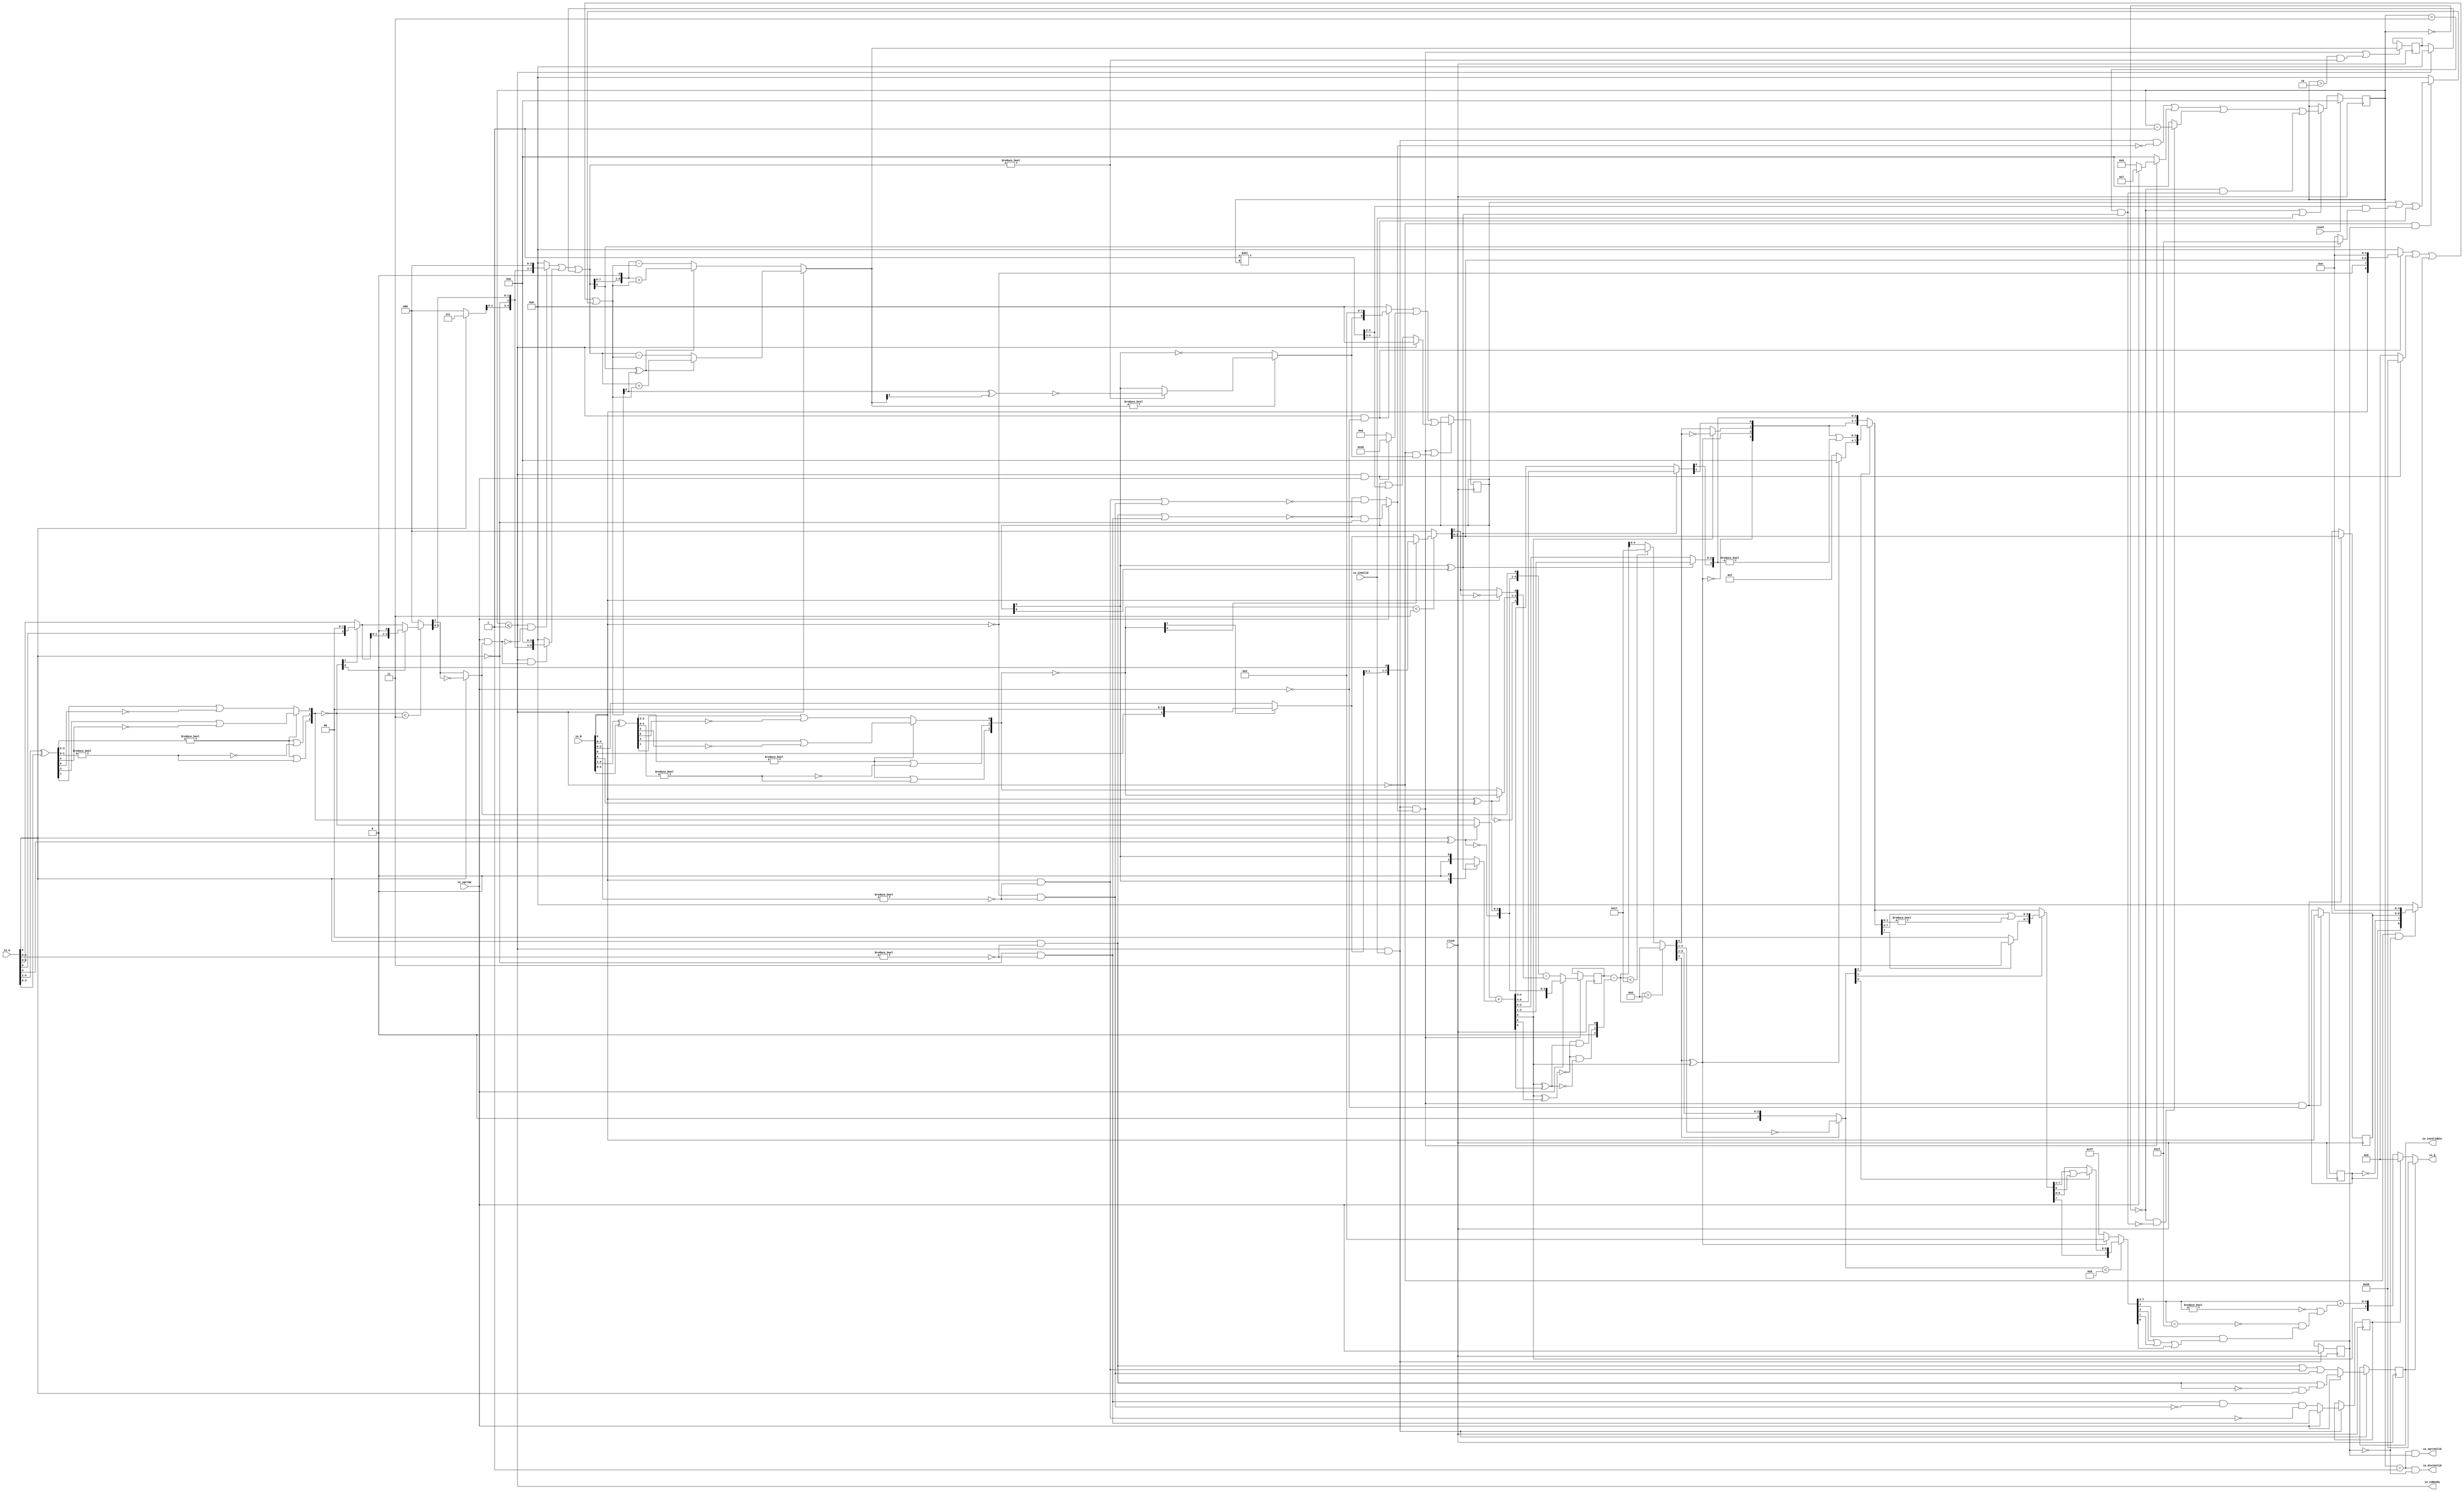
module PositDivSqrter6_1(
  input        clock,
  input        reset,
  output       io_inReady,
  input        io_inValid,
  input        io_sqrtOp,
  input  [5:0] io_A,
  input  [5:0] io_B,
  output       io_diviValid,
  output       io_sqrtValid,
  output       io_invalidExc,
  output [5:0] io_Q
);
  reg [3:0] cycleNum; // @[PositDivisionSqrt.scala 63:26]
  reg [31:0] _RAND_0;
  reg  sqrtOp_Z; // @[PositDivisionSqrt.scala 65:22]
  reg [31:0] _RAND_1;
  reg  isNaR_Z; // @[PositDivisionSqrt.scala 66:22]
  reg [31:0] _RAND_2;
  reg  isZero_Z; // @[PositDivisionSqrt.scala 67:22]
  reg [31:0] _RAND_3;
  reg [5:0] scale_Z; // @[PositDivisionSqrt.scala 68:22]
  reg [31:0] _RAND_4;
  reg  signB_Z; // @[PositDivisionSqrt.scala 69:28]
  reg [31:0] _RAND_5;
  reg [1:0] fractB_Z; // @[PositDivisionSqrt.scala 70:22]
  reg [31:0] _RAND_6;
  reg [8:0] rem_Z; // @[PositDivisionSqrt.scala 71:22]
  reg [31:0] _RAND_7;
  reg [8:0] sigX_Z; // @[PositDivisionSqrt.scala 72:22]
  reg [31:0] _RAND_8;
  wire  _T_1; // @[convert.scala 18:24]
  wire  _T_2; // @[convert.scala 18:40]
  wire  _T_3; // @[convert.scala 18:36]
  wire [3:0] _T_4; // @[convert.scala 19:24]
  wire [3:0] _T_5; // @[convert.scala 19:43]
  wire [3:0] _T_6; // @[convert.scala 19:39]
  wire [1:0] _T_7; // @[LZD.scala 43:32]
  wire  _T_8; // @[LZD.scala 39:14]
  wire  _T_9; // @[LZD.scala 39:21]
  wire  _T_10; // @[LZD.scala 39:30]
  wire  _T_11; // @[LZD.scala 39:27]
  wire  _T_12; // @[LZD.scala 39:25]
  wire [1:0] _T_13; // @[Cat.scala 29:58]
  wire [1:0] _T_14; // @[LZD.scala 44:32]
  wire  _T_15; // @[LZD.scala 39:14]
  wire  _T_16; // @[LZD.scala 39:21]
  wire  _T_17; // @[LZD.scala 39:30]
  wire  _T_18; // @[LZD.scala 39:27]
  wire  _T_19; // @[LZD.scala 39:25]
  wire [1:0] _T_20; // @[Cat.scala 29:58]
  wire  _T_21; // @[Shift.scala 12:21]
  wire  _T_22; // @[Shift.scala 12:21]
  wire  _T_23; // @[LZD.scala 49:16]
  wire  _T_24; // @[LZD.scala 49:27]
  wire  _T_25; // @[LZD.scala 49:25]
  wire  _T_26; // @[LZD.scala 49:47]
  wire  _T_27; // @[LZD.scala 49:59]
  wire  _T_28; // @[LZD.scala 49:35]
  wire [2:0] _T_30; // @[Cat.scala 29:58]
  wire [2:0] _T_31; // @[convert.scala 21:22]
  wire [2:0] _T_32; // @[convert.scala 22:36]
  wire  _T_33; // @[Shift.scala 16:24]
  wire [1:0] _T_34; // @[Shift.scala 17:37]
  wire  _T_35; // @[Shift.scala 12:21]
  wire  _T_36; // @[Shift.scala 64:52]
  wire [2:0] _T_38; // @[Cat.scala 29:58]
  wire [2:0] _T_39; // @[Shift.scala 64:27]
  wire  _T_40; // @[Shift.scala 66:70]
  wire [1:0] _T_42; // @[Shift.scala 64:52]
  wire [2:0] _T_43; // @[Cat.scala 29:58]
  wire [2:0] _T_44; // @[Shift.scala 64:27]
  wire [2:0] _T_45; // @[Shift.scala 16:10]
  wire  _T_46; // @[convert.scala 23:34]
  wire [1:0] decA_fraction; // @[convert.scala 24:34]
  wire  _T_48; // @[convert.scala 25:26]
  wire [2:0] _T_50; // @[convert.scala 25:42]
  wire  _T_53; // @[convert.scala 26:67]
  wire  _T_54; // @[convert.scala 26:51]
  wire [4:0] _T_55; // @[Cat.scala 29:58]
  wire [4:0] _T_57; // @[convert.scala 29:56]
  wire  _T_58; // @[convert.scala 29:60]
  wire  _T_59; // @[convert.scala 29:41]
  wire  decA_isNaR; // @[convert.scala 29:39]
  wire  _T_62; // @[convert.scala 30:19]
  wire  decA_isZero; // @[convert.scala 30:41]
  wire [4:0] decA_scale; // @[convert.scala 32:24]
  wire  _T_71; // @[convert.scala 18:24]
  wire  _T_72; // @[convert.scala 18:40]
  wire  _T_73; // @[convert.scala 18:36]
  wire [3:0] _T_74; // @[convert.scala 19:24]
  wire [3:0] _T_75; // @[convert.scala 19:43]
  wire [3:0] _T_76; // @[convert.scala 19:39]
  wire [1:0] _T_77; // @[LZD.scala 43:32]
  wire  _T_78; // @[LZD.scala 39:14]
  wire  _T_79; // @[LZD.scala 39:21]
  wire  _T_80; // @[LZD.scala 39:30]
  wire  _T_81; // @[LZD.scala 39:27]
  wire  _T_82; // @[LZD.scala 39:25]
  wire [1:0] _T_83; // @[Cat.scala 29:58]
  wire [1:0] _T_84; // @[LZD.scala 44:32]
  wire  _T_85; // @[LZD.scala 39:14]
  wire  _T_86; // @[LZD.scala 39:21]
  wire  _T_87; // @[LZD.scala 39:30]
  wire  _T_88; // @[LZD.scala 39:27]
  wire  _T_89; // @[LZD.scala 39:25]
  wire [1:0] _T_90; // @[Cat.scala 29:58]
  wire  _T_91; // @[Shift.scala 12:21]
  wire  _T_92; // @[Shift.scala 12:21]
  wire  _T_93; // @[LZD.scala 49:16]
  wire  _T_94; // @[LZD.scala 49:27]
  wire  _T_95; // @[LZD.scala 49:25]
  wire  _T_96; // @[LZD.scala 49:47]
  wire  _T_97; // @[LZD.scala 49:59]
  wire  _T_98; // @[LZD.scala 49:35]
  wire [2:0] _T_100; // @[Cat.scala 29:58]
  wire [2:0] _T_101; // @[convert.scala 21:22]
  wire [2:0] _T_102; // @[convert.scala 22:36]
  wire  _T_103; // @[Shift.scala 16:24]
  wire [1:0] _T_104; // @[Shift.scala 17:37]
  wire  _T_105; // @[Shift.scala 12:21]
  wire  _T_106; // @[Shift.scala 64:52]
  wire [2:0] _T_108; // @[Cat.scala 29:58]
  wire [2:0] _T_109; // @[Shift.scala 64:27]
  wire  _T_110; // @[Shift.scala 66:70]
  wire [1:0] _T_112; // @[Shift.scala 64:52]
  wire [2:0] _T_113; // @[Cat.scala 29:58]
  wire [2:0] _T_114; // @[Shift.scala 64:27]
  wire [2:0] _T_115; // @[Shift.scala 16:10]
  wire  _T_116; // @[convert.scala 23:34]
  wire [1:0] decB_fraction; // @[convert.scala 24:34]
  wire  _T_118; // @[convert.scala 25:26]
  wire [2:0] _T_120; // @[convert.scala 25:42]
  wire  _T_123; // @[convert.scala 26:67]
  wire  _T_124; // @[convert.scala 26:51]
  wire [4:0] _T_125; // @[Cat.scala 29:58]
  wire [4:0] _T_127; // @[convert.scala 29:56]
  wire  _T_128; // @[convert.scala 29:60]
  wire  _T_129; // @[convert.scala 29:41]
  wire  decB_isNaR; // @[convert.scala 29:39]
  wire  _T_132; // @[convert.scala 30:19]
  wire  decB_isZero; // @[convert.scala 30:41]
  wire [4:0] decB_scale; // @[convert.scala 32:24]
  wire [2:0] _T_141; // @[Bitwise.scala 71:12]
  wire  _T_142; // @[PositDivisionSqrt.scala 80:40]
  wire [8:0] sigA_S; // @[Cat.scala 29:58]
  wire  _T_145; // @[PositDivisionSqrt.scala 82:31]
  wire [8:0] sigB_S; // @[Cat.scala 29:58]
  wire  _T_148; // @[PositDivisionSqrt.scala 85:25]
  wire  invalidSqrt; // @[PositDivisionSqrt.scala 85:37]
  wire  _T_149; // @[PositDivisionSqrt.scala 88:42]
  wire  _T_150; // @[PositDivisionSqrt.scala 89:42]
  wire  _T_151; // @[PositDivisionSqrt.scala 89:56]
  wire  _T_152; // @[PositDivisionSqrt.scala 94:46]
  wire  _T_153; // @[PositDivisionSqrt.scala 94:43]
  wire  _T_154; // @[PositDivisionSqrt.scala 94:62]
  wire  _T_155; // @[PositDivisionSqrt.scala 94:59]
  wire  specialCaseA_S; // @[PositDivisionSqrt.scala 97:38]
  wire  specialCaseB_S; // @[PositDivisionSqrt.scala 98:38]
  wire  _T_156; // @[PositDivisionSqrt.scala 99:27]
  wire  _T_157; // @[PositDivisionSqrt.scala 99:46]
  wire  normalCase_S_div; // @[PositDivisionSqrt.scala 99:43]
  wire  normalCase_S_sqrt; // @[PositDivisionSqrt.scala 100:43]
  wire  normalCase_S; // @[PositDivisionSqrt.scala 101:30]
  wire [5:0] sExpQuot_S_div; // @[PositDivisionSqrt.scala 103:38]
  wire  _T_160; // @[PositDivisionSqrt.scala 104:50]
  wire  oddSqrt_S; // @[PositDivisionSqrt.scala 104:37]
  wire  idle; // @[PositDivisionSqrt.scala 109:39]
  wire  ready; // @[PositDivisionSqrt.scala 110:39]
  wire  entering; // @[PositDivisionSqrt.scala 111:35]
  wire  entering_normalCase; // @[PositDivisionSqrt.scala 112:38]
  wire  _T_161; // @[PositDivisionSqrt.scala 113:35]
  wire  _T_162; // @[PositDivisionSqrt.scala 113:58]
  wire  scaleNotChange; // @[PositDivisionSqrt.scala 113:50]
  wire  _T_163; // @[PositDivisionSqrt.scala 114:39]
  wire  skipCycle2; // @[PositDivisionSqrt.scala 114:48]
  wire  _T_164; // @[PositDivisionSqrt.scala 116:8]
  wire  _T_165; // @[PositDivisionSqrt.scala 116:14]
  wire  _T_166; // @[PositDivisionSqrt.scala 117:32]
  wire  _T_167; // @[PositDivisionSqrt.scala 117:30]
  wire [3:0] _T_169; // @[PositDivisionSqrt.scala 119:26]
  wire [3:0] _T_170; // @[PositDivisionSqrt.scala 118:20]
  wire [3:0] _GEN_9; // @[PositDivisionSqrt.scala 117:64]
  wire [3:0] _T_171; // @[PositDivisionSqrt.scala 117:64]
  wire  _T_173; // @[PositDivisionSqrt.scala 123:30]
  wire  _T_174; // @[PositDivisionSqrt.scala 123:27]
  wire [3:0] _T_176; // @[PositDivisionSqrt.scala 123:52]
  wire [3:0] _T_177; // @[PositDivisionSqrt.scala 123:20]
  wire [3:0] _T_178; // @[PositDivisionSqrt.scala 122:64]
  wire  _T_180; // @[PositDivisionSqrt.scala 124:27]
  wire [3:0] _GEN_10; // @[PositDivisionSqrt.scala 123:64]
  wire [3:0] _T_182; // @[PositDivisionSqrt.scala 123:64]
  wire [3:0] _T_183; // @[PositDivisionSqrt.scala 134:42]
  wire  _T_185; // @[PositDivisionSqrt.scala 137:31]
  wire  _T_186; // @[PositDivisionSqrt.scala 137:28]
  wire [15:0] _T_187; // @[PositDivisionSqrt.scala 146:22]
  wire [13:0] _T_188; // @[PositDivisionSqrt.scala 146:35]
  wire  _T_189; // @[PositDivisionSqrt.scala 148:26]
  wire  _T_190; // @[PositDivisionSqrt.scala 148:23]
  wire [8:0] _T_191; // @[PositDivisionSqrt.scala 148:16]
  wire  _T_192; // @[PositDivisionSqrt.scala 149:23]
  wire [9:0] _T_193; // @[PositDivisionSqrt.scala 149:46]
  wire [8:0] _T_194; // @[PositDivisionSqrt.scala 149:56]
  wire [8:0] _T_195; // @[PositDivisionSqrt.scala 149:16]
  wire [8:0] _T_196; // @[PositDivisionSqrt.scala 148:66]
  wire  _T_197; // @[PositDivisionSqrt.scala 150:17]
  wire [8:0] _T_198; // @[PositDivisionSqrt.scala 150:16]
  wire [8:0] rem; // @[PositDivisionSqrt.scala 149:66]
  wire  _T_200; // @[PositDivisionSqrt.scala 152:29]
  wire [8:0] _T_201; // @[PositDivisionSqrt.scala 152:22]
  wire  _T_202; // @[PositDivisionSqrt.scala 153:29]
  wire [5:0] _T_203; // @[PositDivisionSqrt.scala 153:22]
  wire [8:0] _GEN_11; // @[PositDivisionSqrt.scala 152:93]
  wire [8:0] _T_204; // @[PositDivisionSqrt.scala 152:93]
  wire  _T_206; // @[PositDivisionSqrt.scala 154:33]
  wire  _T_207; // @[PositDivisionSqrt.scala 154:30]
  wire  _T_208; // @[PositDivisionSqrt.scala 154:57]
  wire [8:0] _T_211; // @[Cat.scala 29:58]
  wire [8:0] _T_212; // @[PositDivisionSqrt.scala 154:22]
  wire [8:0] _T_213; // @[PositDivisionSqrt.scala 153:93]
  wire  _T_215; // @[PositDivisionSqrt.scala 155:30]
  wire  _T_216; // @[PositDivisionSqrt.scala 156:83]
  wire [4:0] _T_218; // @[Bitwise.scala 71:12]
  wire [7:0] bitMask; // @[PositDivisionSqrt.scala 145:21 PositDivisionSqrt.scala 146:14]
  wire [7:0] _GEN_12; // @[PositDivisionSqrt.scala 156:53]
  wire [7:0] _T_219; // @[PositDivisionSqrt.scala 156:53]
  wire [8:0] _GEN_13; // @[PositDivisionSqrt.scala 155:51]
  wire [8:0] _T_220; // @[PositDivisionSqrt.scala 155:51]
  wire [6:0] _T_221; // @[PositDivisionSqrt.scala 157:53]
  wire [8:0] _GEN_14; // @[PositDivisionSqrt.scala 156:89]
  wire [8:0] _T_222; // @[PositDivisionSqrt.scala 156:89]
  wire [8:0] _T_223; // @[PositDivisionSqrt.scala 155:22]
  wire [8:0] trialTerm; // @[PositDivisionSqrt.scala 154:93]
  wire  _T_225; // @[PositDivisionSqrt.scala 162:56]
  wire  _T_226; // @[PositDivisionSqrt.scala 162:40]
  wire [8:0] _T_229; // @[PositDivisionSqrt.scala 163:97]
  wire [8:0] _T_231; // @[PositDivisionSqrt.scala 164:97]
  wire [8:0] _T_232; // @[PositDivisionSqrt.scala 161:92]
  wire [9:0] _T_237; // @[PositDivisionSqrt.scala 168:98]
  wire [8:0] _T_238; // @[PositDivisionSqrt.scala 168:108]
  wire [8:0] _T_240; // @[PositDivisionSqrt.scala 168:112]
  wire [8:0] _T_244; // @[PositDivisionSqrt.scala 169:112]
  wire [8:0] _T_245; // @[PositDivisionSqrt.scala 166:26]
  wire [8:0] trialRem; // @[PositDivisionSqrt.scala 159:27]
  wire  _T_246; // @[PositDivisionSqrt.scala 173:35]
  wire  trIsZero; // @[PositDivisionSqrt.scala 173:25]
  wire  _T_247; // @[PositDivisionSqrt.scala 174:30]
  wire  remIsZero; // @[PositDivisionSqrt.scala 174:25]
  wire  _T_249; // @[PositDivisionSqrt.scala 176:64]
  wire  _T_250; // @[PositDivisionSqrt.scala 176:49]
  wire  _T_251; // @[PositDivisionSqrt.scala 176:29]
  wire  _T_252; // @[PositDivisionSqrt.scala 178:61]
  wire  _T_253; // @[PositDivisionSqrt.scala 178:49]
  wire  _T_255; // @[Mux.scala 87:16]
  wire  newBit; // @[Mux.scala 87:16]
  wire  _T_256; // @[PositDivisionSqrt.scala 183:41]
  wire  _T_257; // @[PositDivisionSqrt.scala 183:51]
  wire  _T_258; // @[PositDivisionSqrt.scala 183:48]
  wire  _T_259; // @[PositDivisionSqrt.scala 183:28]
  wire  _T_262; // @[PositDivisionSqrt.scala 187:39]
  wire  _T_263; // @[PositDivisionSqrt.scala 187:28]
  wire [8:0] _T_266; // @[PositDivisionSqrt.scala 188:47]
  wire [8:0] _T_267; // @[PositDivisionSqrt.scala 188:18]
  wire [6:0] _T_269; // @[PositDivisionSqrt.scala 189:18]
  wire [8:0] _GEN_15; // @[PositDivisionSqrt.scala 188:78]
  wire [8:0] _T_270; // @[PositDivisionSqrt.scala 188:78]
  wire [8:0] _GEN_16; // @[PositDivisionSqrt.scala 190:47]
  wire [8:0] _T_272; // @[PositDivisionSqrt.scala 190:47]
  wire [8:0] _T_273; // @[PositDivisionSqrt.scala 190:18]
  wire [8:0] _T_274; // @[PositDivisionSqrt.scala 189:78]
  wire [1:0] _T_276; // @[PositDivisionSqrt.scala 196:53]
  wire [1:0] sigXBias; // @[PositDivisionSqrt.scala 196:21]
  wire [8:0] _GEN_17; // @[PositDivisionSqrt.scala 197:25]
  wire [8:0] realSigX; // @[PositDivisionSqrt.scala 197:25]
  wire [1:0] _T_279; // @[PositDivisionSqrt.scala 200:97]
  wire [1:0] _T_280; // @[PositDivisionSqrt.scala 201:97]
  wire [1:0] realFrac; // @[PositDivisionSqrt.scala 198:21]
  wire  _T_281; // @[PositDivisionSqrt.scala 205:33]
  wire  _T_282; // @[PositDivisionSqrt.scala 205:58]
  wire  _T_283; // @[PositDivisionSqrt.scala 205:48]
  wire  scaleNeedSub; // @[PositDivisionSqrt.scala 205:23]
  wire  _T_285; // @[PositDivisionSqrt.scala 206:56]
  wire  notNeedSubTwo; // @[PositDivisionSqrt.scala 206:46]
  wire  scaleSubOne; // @[PositDivisionSqrt.scala 207:36]
  wire  _T_286; // @[PositDivisionSqrt.scala 208:38]
  wire  scaleSubTwo; // @[PositDivisionSqrt.scala 208:36]
  wire [1:0] _T_287; // @[Cat.scala 29:58]
  wire [2:0] _T_288; // @[PositDivisionSqrt.scala 209:63]
  wire [5:0] _GEN_18; // @[PositDivisionSqrt.scala 209:31]
  wire [5:0] _T_290; // @[PositDivisionSqrt.scala 209:31]
  wire [5:0] realExp; // @[PositDivisionSqrt.scala 209:31]
  wire  underflow; // @[PositDivisionSqrt.scala 210:31]
  wire  overflow; // @[PositDivisionSqrt.scala 211:31]
  wire  decQ_sign; // @[PositDivisionSqrt.scala 215:33]
  wire [5:0] _T_292; // @[Mux.scala 87:16]
  wire [5:0] _T_293; // @[Mux.scala 87:16]
  wire [2:0] _T_294; // @[PositDivisionSqrt.scala 224:48]
  wire [2:0] _T_295; // @[PositDivisionSqrt.scala 224:64]
  wire [2:0] decQ_grs; // @[PositDivisionSqrt.scala 224:23]
  wire  outValid; // @[PositDivisionSqrt.scala 229:28]
  wire [4:0] _GEN_19; // @[PositDivisionSqrt.scala 204:27 PositDivisionSqrt.scala 216:23]
  wire [4:0] decQ_scale; // @[PositDivisionSqrt.scala 204:27 PositDivisionSqrt.scala 216:23]
  wire  _T_301; // @[convert.scala 46:61]
  wire  _T_302; // @[convert.scala 46:52]
  wire  _T_304; // @[convert.scala 46:42]
  wire [3:0] _T_305; // @[convert.scala 48:34]
  wire  _T_306; // @[convert.scala 49:36]
  wire [3:0] _T_308; // @[convert.scala 50:36]
  wire [3:0] _T_309; // @[convert.scala 50:36]
  wire [3:0] _T_310; // @[convert.scala 50:28]
  wire  _T_311; // @[convert.scala 51:31]
  wire  _T_312; // @[convert.scala 52:43]
  wire [7:0] _T_316; // @[Cat.scala 29:58]
  wire [3:0] _T_317; // @[Shift.scala 39:17]
  wire  _T_318; // @[Shift.scala 39:24]
  wire [2:0] _T_319; // @[Shift.scala 40:44]
  wire [3:0] _T_320; // @[Shift.scala 90:30]
  wire [3:0] _T_321; // @[Shift.scala 90:48]
  wire  _T_322; // @[Shift.scala 90:57]
  wire [3:0] _GEN_20; // @[Shift.scala 90:39]
  wire [3:0] _T_323; // @[Shift.scala 90:39]
  wire  _T_324; // @[Shift.scala 12:21]
  wire  _T_325; // @[Shift.scala 12:21]
  wire [3:0] _T_327; // @[Bitwise.scala 71:12]
  wire [7:0] _T_328; // @[Cat.scala 29:58]
  wire [7:0] _T_329; // @[Shift.scala 91:22]
  wire [1:0] _T_330; // @[Shift.scala 92:77]
  wire [5:0] _T_331; // @[Shift.scala 90:30]
  wire [1:0] _T_332; // @[Shift.scala 90:48]
  wire  _T_333; // @[Shift.scala 90:57]
  wire [5:0] _GEN_21; // @[Shift.scala 90:39]
  wire [5:0] _T_334; // @[Shift.scala 90:39]
  wire  _T_335; // @[Shift.scala 12:21]
  wire  _T_336; // @[Shift.scala 12:21]
  wire [1:0] _T_338; // @[Bitwise.scala 71:12]
  wire [7:0] _T_339; // @[Cat.scala 29:58]
  wire [7:0] _T_340; // @[Shift.scala 91:22]
  wire  _T_341; // @[Shift.scala 92:77]
  wire [6:0] _T_342; // @[Shift.scala 90:30]
  wire  _T_343; // @[Shift.scala 90:48]
  wire [6:0] _GEN_22; // @[Shift.scala 90:39]
  wire [6:0] _T_345; // @[Shift.scala 90:39]
  wire  _T_347; // @[Shift.scala 12:21]
  wire [7:0] _T_348; // @[Cat.scala 29:58]
  wire [7:0] _T_349; // @[Shift.scala 91:22]
  wire [7:0] _T_352; // @[Bitwise.scala 71:12]
  wire [7:0] _T_353; // @[Shift.scala 39:10]
  wire  _T_354; // @[convert.scala 55:31]
  wire  _T_355; // @[convert.scala 56:31]
  wire  _T_356; // @[convert.scala 57:31]
  wire  _T_357; // @[convert.scala 58:31]
  wire [4:0] _T_358; // @[convert.scala 59:69]
  wire  _T_359; // @[convert.scala 59:81]
  wire  _T_360; // @[convert.scala 59:50]
  wire  _T_362; // @[convert.scala 60:81]
  wire  _T_363; // @[convert.scala 61:44]
  wire  _T_364; // @[convert.scala 61:52]
  wire  _T_365; // @[convert.scala 61:36]
  wire  _T_366; // @[convert.scala 62:63]
  wire  _T_367; // @[convert.scala 62:103]
  wire  _T_368; // @[convert.scala 62:60]
  wire [4:0] _GEN_23; // @[convert.scala 63:56]
  wire [4:0] _T_371; // @[convert.scala 63:56]
  wire [5:0] _T_372; // @[Cat.scala 29:58]
  wire [5:0] _T_374; // @[Mux.scala 87:16]
  assign _T_1 = io_A[5]; // @[convert.scala 18:24]
  assign _T_2 = io_A[4]; // @[convert.scala 18:40]
  assign _T_3 = _T_1 ^ _T_2; // @[convert.scala 18:36]
  assign _T_4 = io_A[4:1]; // @[convert.scala 19:24]
  assign _T_5 = io_A[3:0]; // @[convert.scala 19:43]
  assign _T_6 = _T_4 ^ _T_5; // @[convert.scala 19:39]
  assign _T_7 = _T_6[3:2]; // @[LZD.scala 43:32]
  assign _T_8 = _T_7 != 2'h0; // @[LZD.scala 39:14]
  assign _T_9 = _T_7[1]; // @[LZD.scala 39:21]
  assign _T_10 = _T_7[0]; // @[LZD.scala 39:30]
  assign _T_11 = ~ _T_10; // @[LZD.scala 39:27]
  assign _T_12 = _T_9 | _T_11; // @[LZD.scala 39:25]
  assign _T_13 = {_T_8,_T_12}; // @[Cat.scala 29:58]
  assign _T_14 = _T_6[1:0]; // @[LZD.scala 44:32]
  assign _T_15 = _T_14 != 2'h0; // @[LZD.scala 39:14]
  assign _T_16 = _T_14[1]; // @[LZD.scala 39:21]
  assign _T_17 = _T_14[0]; // @[LZD.scala 39:30]
  assign _T_18 = ~ _T_17; // @[LZD.scala 39:27]
  assign _T_19 = _T_16 | _T_18; // @[LZD.scala 39:25]
  assign _T_20 = {_T_15,_T_19}; // @[Cat.scala 29:58]
  assign _T_21 = _T_13[1]; // @[Shift.scala 12:21]
  assign _T_22 = _T_20[1]; // @[Shift.scala 12:21]
  assign _T_23 = _T_21 | _T_22; // @[LZD.scala 49:16]
  assign _T_24 = ~ _T_22; // @[LZD.scala 49:27]
  assign _T_25 = _T_21 | _T_24; // @[LZD.scala 49:25]
  assign _T_26 = _T_13[0:0]; // @[LZD.scala 49:47]
  assign _T_27 = _T_20[0:0]; // @[LZD.scala 49:59]
  assign _T_28 = _T_21 ? _T_26 : _T_27; // @[LZD.scala 49:35]
  assign _T_30 = {_T_23,_T_25,_T_28}; // @[Cat.scala 29:58]
  assign _T_31 = ~ _T_30; // @[convert.scala 21:22]
  assign _T_32 = io_A[2:0]; // @[convert.scala 22:36]
  assign _T_33 = _T_31 < 3'h3; // @[Shift.scala 16:24]
  assign _T_34 = _T_31[1:0]; // @[Shift.scala 17:37]
  assign _T_35 = _T_34[1]; // @[Shift.scala 12:21]
  assign _T_36 = _T_32[0:0]; // @[Shift.scala 64:52]
  assign _T_38 = {_T_36,2'h0}; // @[Cat.scala 29:58]
  assign _T_39 = _T_35 ? _T_38 : _T_32; // @[Shift.scala 64:27]
  assign _T_40 = _T_34[0:0]; // @[Shift.scala 66:70]
  assign _T_42 = _T_39[1:0]; // @[Shift.scala 64:52]
  assign _T_43 = {_T_42,1'h0}; // @[Cat.scala 29:58]
  assign _T_44 = _T_40 ? _T_43 : _T_39; // @[Shift.scala 64:27]
  assign _T_45 = _T_33 ? _T_44 : 3'h0; // @[Shift.scala 16:10]
  assign _T_46 = _T_45[2:2]; // @[convert.scala 23:34]
  assign decA_fraction = _T_45[1:0]; // @[convert.scala 24:34]
  assign _T_48 = _T_3 == 1'h0; // @[convert.scala 25:26]
  assign _T_50 = _T_3 ? _T_31 : _T_30; // @[convert.scala 25:42]
  assign _T_53 = ~ _T_46; // @[convert.scala 26:67]
  assign _T_54 = _T_1 ? _T_53 : _T_46; // @[convert.scala 26:51]
  assign _T_55 = {_T_48,_T_50,_T_54}; // @[Cat.scala 29:58]
  assign _T_57 = io_A[4:0]; // @[convert.scala 29:56]
  assign _T_58 = _T_57 != 5'h0; // @[convert.scala 29:60]
  assign _T_59 = ~ _T_58; // @[convert.scala 29:41]
  assign decA_isNaR = _T_1 & _T_59; // @[convert.scala 29:39]
  assign _T_62 = _T_1 == 1'h0; // @[convert.scala 30:19]
  assign decA_isZero = _T_62 & _T_59; // @[convert.scala 30:41]
  assign decA_scale = $signed(_T_55); // @[convert.scala 32:24]
  assign _T_71 = io_B[5]; // @[convert.scala 18:24]
  assign _T_72 = io_B[4]; // @[convert.scala 18:40]
  assign _T_73 = _T_71 ^ _T_72; // @[convert.scala 18:36]
  assign _T_74 = io_B[4:1]; // @[convert.scala 19:24]
  assign _T_75 = io_B[3:0]; // @[convert.scala 19:43]
  assign _T_76 = _T_74 ^ _T_75; // @[convert.scala 19:39]
  assign _T_77 = _T_76[3:2]; // @[LZD.scala 43:32]
  assign _T_78 = _T_77 != 2'h0; // @[LZD.scala 39:14]
  assign _T_79 = _T_77[1]; // @[LZD.scala 39:21]
  assign _T_80 = _T_77[0]; // @[LZD.scala 39:30]
  assign _T_81 = ~ _T_80; // @[LZD.scala 39:27]
  assign _T_82 = _T_79 | _T_81; // @[LZD.scala 39:25]
  assign _T_83 = {_T_78,_T_82}; // @[Cat.scala 29:58]
  assign _T_84 = _T_76[1:0]; // @[LZD.scala 44:32]
  assign _T_85 = _T_84 != 2'h0; // @[LZD.scala 39:14]
  assign _T_86 = _T_84[1]; // @[LZD.scala 39:21]
  assign _T_87 = _T_84[0]; // @[LZD.scala 39:30]
  assign _T_88 = ~ _T_87; // @[LZD.scala 39:27]
  assign _T_89 = _T_86 | _T_88; // @[LZD.scala 39:25]
  assign _T_90 = {_T_85,_T_89}; // @[Cat.scala 29:58]
  assign _T_91 = _T_83[1]; // @[Shift.scala 12:21]
  assign _T_92 = _T_90[1]; // @[Shift.scala 12:21]
  assign _T_93 = _T_91 | _T_92; // @[LZD.scala 49:16]
  assign _T_94 = ~ _T_92; // @[LZD.scala 49:27]
  assign _T_95 = _T_91 | _T_94; // @[LZD.scala 49:25]
  assign _T_96 = _T_83[0:0]; // @[LZD.scala 49:47]
  assign _T_97 = _T_90[0:0]; // @[LZD.scala 49:59]
  assign _T_98 = _T_91 ? _T_96 : _T_97; // @[LZD.scala 49:35]
  assign _T_100 = {_T_93,_T_95,_T_98}; // @[Cat.scala 29:58]
  assign _T_101 = ~ _T_100; // @[convert.scala 21:22]
  assign _T_102 = io_B[2:0]; // @[convert.scala 22:36]
  assign _T_103 = _T_101 < 3'h3; // @[Shift.scala 16:24]
  assign _T_104 = _T_101[1:0]; // @[Shift.scala 17:37]
  assign _T_105 = _T_104[1]; // @[Shift.scala 12:21]
  assign _T_106 = _T_102[0:0]; // @[Shift.scala 64:52]
  assign _T_108 = {_T_106,2'h0}; // @[Cat.scala 29:58]
  assign _T_109 = _T_105 ? _T_108 : _T_102; // @[Shift.scala 64:27]
  assign _T_110 = _T_104[0:0]; // @[Shift.scala 66:70]
  assign _T_112 = _T_109[1:0]; // @[Shift.scala 64:52]
  assign _T_113 = {_T_112,1'h0}; // @[Cat.scala 29:58]
  assign _T_114 = _T_110 ? _T_113 : _T_109; // @[Shift.scala 64:27]
  assign _T_115 = _T_103 ? _T_114 : 3'h0; // @[Shift.scala 16:10]
  assign _T_116 = _T_115[2:2]; // @[convert.scala 23:34]
  assign decB_fraction = _T_115[1:0]; // @[convert.scala 24:34]
  assign _T_118 = _T_73 == 1'h0; // @[convert.scala 25:26]
  assign _T_120 = _T_73 ? _T_101 : _T_100; // @[convert.scala 25:42]
  assign _T_123 = ~ _T_116; // @[convert.scala 26:67]
  assign _T_124 = _T_71 ? _T_123 : _T_116; // @[convert.scala 26:51]
  assign _T_125 = {_T_118,_T_120,_T_124}; // @[Cat.scala 29:58]
  assign _T_127 = io_B[4:0]; // @[convert.scala 29:56]
  assign _T_128 = _T_127 != 5'h0; // @[convert.scala 29:60]
  assign _T_129 = ~ _T_128; // @[convert.scala 29:41]
  assign decB_isNaR = _T_71 & _T_129; // @[convert.scala 29:39]
  assign _T_132 = _T_71 == 1'h0; // @[convert.scala 30:19]
  assign decB_isZero = _T_132 & _T_129; // @[convert.scala 30:41]
  assign decB_scale = $signed(_T_125); // @[convert.scala 32:24]
  assign _T_141 = _T_1 ? 3'h7 : 3'h0; // @[Bitwise.scala 71:12]
  assign _T_142 = ~ _T_1; // @[PositDivisionSqrt.scala 80:40]
  assign sigA_S = {_T_141,_T_142,decA_fraction,3'h0}; // @[Cat.scala 29:58]
  assign _T_145 = ~ _T_71; // @[PositDivisionSqrt.scala 82:31]
  assign sigB_S = {_T_71,_T_145,decB_fraction,5'h0}; // @[Cat.scala 29:58]
  assign _T_148 = decA_isNaR == 1'h0; // @[PositDivisionSqrt.scala 85:25]
  assign invalidSqrt = _T_148 & _T_1; // @[PositDivisionSqrt.scala 85:37]
  assign _T_149 = decA_isNaR | invalidSqrt; // @[PositDivisionSqrt.scala 88:42]
  assign _T_150 = decA_isNaR | decB_isNaR; // @[PositDivisionSqrt.scala 89:42]
  assign _T_151 = _T_150 | decB_isZero; // @[PositDivisionSqrt.scala 89:56]
  assign _T_152 = decB_isZero == 1'h0; // @[PositDivisionSqrt.scala 94:46]
  assign _T_153 = decA_isZero & _T_152; // @[PositDivisionSqrt.scala 94:43]
  assign _T_154 = decB_isNaR == 1'h0; // @[PositDivisionSqrt.scala 94:62]
  assign _T_155 = _T_153 & _T_154; // @[PositDivisionSqrt.scala 94:59]
  assign specialCaseA_S = decA_isNaR | decA_isZero; // @[PositDivisionSqrt.scala 97:38]
  assign specialCaseB_S = decB_isNaR | decB_isZero; // @[PositDivisionSqrt.scala 98:38]
  assign _T_156 = specialCaseA_S == 1'h0; // @[PositDivisionSqrt.scala 99:27]
  assign _T_157 = specialCaseB_S == 1'h0; // @[PositDivisionSqrt.scala 99:46]
  assign normalCase_S_div = _T_156 & _T_157; // @[PositDivisionSqrt.scala 99:43]
  assign normalCase_S_sqrt = _T_156 & _T_62; // @[PositDivisionSqrt.scala 100:43]
  assign normalCase_S = io_sqrtOp ? normalCase_S_sqrt : normalCase_S_div; // @[PositDivisionSqrt.scala 101:30]
  assign sExpQuot_S_div = $signed(decA_scale) - $signed(decB_scale); // @[PositDivisionSqrt.scala 103:38]
  assign _T_160 = decA_scale[0]; // @[PositDivisionSqrt.scala 104:50]
  assign oddSqrt_S = io_sqrtOp & _T_160; // @[PositDivisionSqrt.scala 104:37]
  assign idle = cycleNum == 4'h0; // @[PositDivisionSqrt.scala 109:39]
  assign ready = cycleNum <= 4'h1; // @[PositDivisionSqrt.scala 110:39]
  assign entering = ready & io_inValid; // @[PositDivisionSqrt.scala 111:35]
  assign entering_normalCase = entering & normalCase_S; // @[PositDivisionSqrt.scala 112:38]
  assign _T_161 = sigX_Z[8]; // @[PositDivisionSqrt.scala 113:35]
  assign _T_162 = sigX_Z[6]; // @[PositDivisionSqrt.scala 113:58]
  assign scaleNotChange = _T_161 ^ _T_162; // @[PositDivisionSqrt.scala 113:50]
  assign _T_163 = cycleNum == 4'h3; // @[PositDivisionSqrt.scala 114:39]
  assign skipCycle2 = _T_163 & scaleNotChange; // @[PositDivisionSqrt.scala 114:48]
  assign _T_164 = idle == 1'h0; // @[PositDivisionSqrt.scala 116:8]
  assign _T_165 = _T_164 | io_inValid; // @[PositDivisionSqrt.scala 116:14]
  assign _T_166 = normalCase_S == 1'h0; // @[PositDivisionSqrt.scala 117:32]
  assign _T_167 = entering & _T_166; // @[PositDivisionSqrt.scala 117:30]
  assign _T_169 = io_sqrtOp ? 4'h7 : 4'h9; // @[PositDivisionSqrt.scala 119:26]
  assign _T_170 = entering_normalCase ? _T_169 : 4'h0; // @[PositDivisionSqrt.scala 118:20]
  assign _GEN_9 = {{3'd0}, _T_167}; // @[PositDivisionSqrt.scala 117:64]
  assign _T_171 = _GEN_9 | _T_170; // @[PositDivisionSqrt.scala 117:64]
  assign _T_173 = skipCycle2 == 1'h0; // @[PositDivisionSqrt.scala 123:30]
  assign _T_174 = _T_164 & _T_173; // @[PositDivisionSqrt.scala 123:27]
  assign _T_176 = cycleNum - 4'h1; // @[PositDivisionSqrt.scala 123:52]
  assign _T_177 = _T_174 ? _T_176 : 4'h0; // @[PositDivisionSqrt.scala 123:20]
  assign _T_178 = _T_171 | _T_177; // @[PositDivisionSqrt.scala 122:64]
  assign _T_180 = _T_164 & skipCycle2; // @[PositDivisionSqrt.scala 124:27]
  assign _GEN_10 = {{3'd0}, _T_180}; // @[PositDivisionSqrt.scala 123:64]
  assign _T_182 = _T_178 | _GEN_10; // @[PositDivisionSqrt.scala 123:64]
  assign _T_183 = decA_scale[4:1]; // @[PositDivisionSqrt.scala 134:42]
  assign _T_185 = io_sqrtOp == 1'h0; // @[PositDivisionSqrt.scala 137:31]
  assign _T_186 = entering_normalCase & _T_185; // @[PositDivisionSqrt.scala 137:28]
  assign _T_187 = 16'h1 << cycleNum; // @[PositDivisionSqrt.scala 146:22]
  assign _T_188 = _T_187[15:2]; // @[PositDivisionSqrt.scala 146:35]
  assign _T_189 = oddSqrt_S == 1'h0; // @[PositDivisionSqrt.scala 148:26]
  assign _T_190 = ready & _T_189; // @[PositDivisionSqrt.scala 148:23]
  assign _T_191 = _T_190 ? sigA_S : 9'h0; // @[PositDivisionSqrt.scala 148:16]
  assign _T_192 = ready & oddSqrt_S; // @[PositDivisionSqrt.scala 149:23]
  assign _T_193 = {sigA_S, 1'h0}; // @[PositDivisionSqrt.scala 149:46]
  assign _T_194 = _T_193[8:0]; // @[PositDivisionSqrt.scala 149:56]
  assign _T_195 = _T_192 ? _T_194 : 9'h0; // @[PositDivisionSqrt.scala 149:16]
  assign _T_196 = _T_191 | _T_195; // @[PositDivisionSqrt.scala 148:66]
  assign _T_197 = ready == 1'h0; // @[PositDivisionSqrt.scala 150:17]
  assign _T_198 = _T_197 ? rem_Z : 9'h0; // @[PositDivisionSqrt.scala 150:16]
  assign rem = _T_196 | _T_198; // @[PositDivisionSqrt.scala 149:66]
  assign _T_200 = ready & _T_185; // @[PositDivisionSqrt.scala 152:29]
  assign _T_201 = _T_200 ? sigB_S : 9'h0; // @[PositDivisionSqrt.scala 152:22]
  assign _T_202 = ready & io_sqrtOp; // @[PositDivisionSqrt.scala 153:29]
  assign _T_203 = _T_202 ? 6'h20 : 6'h0; // @[PositDivisionSqrt.scala 153:22]
  assign _GEN_11 = {{3'd0}, _T_203}; // @[PositDivisionSqrt.scala 152:93]
  assign _T_204 = _T_201 | _GEN_11; // @[PositDivisionSqrt.scala 152:93]
  assign _T_206 = sqrtOp_Z == 1'h0; // @[PositDivisionSqrt.scala 154:33]
  assign _T_207 = _T_197 & _T_206; // @[PositDivisionSqrt.scala 154:30]
  assign _T_208 = ~ signB_Z; // @[PositDivisionSqrt.scala 154:57]
  assign _T_211 = {signB_Z,_T_208,fractB_Z,5'h0}; // @[Cat.scala 29:58]
  assign _T_212 = _T_207 ? _T_211 : 9'h0; // @[PositDivisionSqrt.scala 154:22]
  assign _T_213 = _T_204 | _T_212; // @[PositDivisionSqrt.scala 153:93]
  assign _T_215 = _T_197 & sqrtOp_Z; // @[PositDivisionSqrt.scala 155:30]
  assign _T_216 = rem[8:8]; // @[PositDivisionSqrt.scala 156:83]
  assign _T_218 = _T_216 ? 5'h1f : 5'h0; // @[Bitwise.scala 71:12]
  assign bitMask = _T_188[7:0]; // @[PositDivisionSqrt.scala 145:21 PositDivisionSqrt.scala 146:14]
  assign _GEN_12 = {{3'd0}, _T_218}; // @[PositDivisionSqrt.scala 156:53]
  assign _T_219 = bitMask & _GEN_12; // @[PositDivisionSqrt.scala 156:53]
  assign _GEN_13 = {{1'd0}, _T_219}; // @[PositDivisionSqrt.scala 155:51]
  assign _T_220 = sigX_Z | _GEN_13; // @[PositDivisionSqrt.scala 155:51]
  assign _T_221 = bitMask[7:1]; // @[PositDivisionSqrt.scala 157:53]
  assign _GEN_14 = {{2'd0}, _T_221}; // @[PositDivisionSqrt.scala 156:89]
  assign _T_222 = _T_220 | _GEN_14; // @[PositDivisionSqrt.scala 156:89]
  assign _T_223 = _T_215 ? _T_222 : 9'h0; // @[PositDivisionSqrt.scala 155:22]
  assign trialTerm = _T_213 | _T_223; // @[PositDivisionSqrt.scala 154:93]
  assign _T_225 = trialTerm[8:8]; // @[PositDivisionSqrt.scala 162:56]
  assign _T_226 = _T_216 ^ _T_225; // @[PositDivisionSqrt.scala 162:40]
  assign _T_229 = rem + trialTerm; // @[PositDivisionSqrt.scala 163:97]
  assign _T_231 = rem - trialTerm; // @[PositDivisionSqrt.scala 164:97]
  assign _T_232 = _T_226 ? _T_229 : _T_231; // @[PositDivisionSqrt.scala 161:92]
  assign _T_237 = {rem, 1'h0}; // @[PositDivisionSqrt.scala 168:98]
  assign _T_238 = _T_237[8:0]; // @[PositDivisionSqrt.scala 168:108]
  assign _T_240 = _T_238 + trialTerm; // @[PositDivisionSqrt.scala 168:112]
  assign _T_244 = _T_238 - trialTerm; // @[PositDivisionSqrt.scala 169:112]
  assign _T_245 = _T_226 ? _T_240 : _T_244; // @[PositDivisionSqrt.scala 166:26]
  assign trialRem = ready ? _T_232 : _T_245; // @[PositDivisionSqrt.scala 159:27]
  assign _T_246 = trialRem != 9'h0; // @[PositDivisionSqrt.scala 173:35]
  assign trIsZero = _T_246 == 1'h0; // @[PositDivisionSqrt.scala 173:25]
  assign _T_247 = rem != 9'h0; // @[PositDivisionSqrt.scala 174:30]
  assign remIsZero = _T_247 == 1'h0; // @[PositDivisionSqrt.scala 174:25]
  assign _T_249 = trialRem[8:8]; // @[PositDivisionSqrt.scala 176:64]
  assign _T_250 = _T_225 ^ _T_249; // @[PositDivisionSqrt.scala 176:49]
  assign _T_251 = ~ _T_250; // @[PositDivisionSqrt.scala 176:29]
  assign _T_252 = sigX_Z[8:8]; // @[PositDivisionSqrt.scala 178:61]
  assign _T_253 = ~ _T_252; // @[PositDivisionSqrt.scala 178:49]
  assign _T_255 = remIsZero ? _T_252 : _T_251; // @[Mux.scala 87:16]
  assign newBit = trIsZero ? _T_253 : _T_255; // @[Mux.scala 87:16]
  assign _T_256 = cycleNum > 4'h2; // @[PositDivisionSqrt.scala 183:41]
  assign _T_257 = remIsZero == 1'h0; // @[PositDivisionSqrt.scala 183:51]
  assign _T_258 = _T_256 & _T_257; // @[PositDivisionSqrt.scala 183:48]
  assign _T_259 = entering_normalCase | _T_258; // @[PositDivisionSqrt.scala 183:28]
  assign _T_262 = _T_197 & newBit; // @[PositDivisionSqrt.scala 187:39]
  assign _T_263 = entering_normalCase | _T_262; // @[PositDivisionSqrt.scala 187:28]
  assign _T_266 = {newBit, 8'h0}; // @[PositDivisionSqrt.scala 188:47]
  assign _T_267 = _T_200 ? _T_266 : 9'h0; // @[PositDivisionSqrt.scala 188:18]
  assign _T_269 = _T_202 ? 7'h40 : 7'h0; // @[PositDivisionSqrt.scala 189:18]
  assign _GEN_15 = {{2'd0}, _T_269}; // @[PositDivisionSqrt.scala 188:78]
  assign _T_270 = _T_267 | _GEN_15; // @[PositDivisionSqrt.scala 188:78]
  assign _GEN_16 = {{1'd0}, bitMask}; // @[PositDivisionSqrt.scala 190:47]
  assign _T_272 = sigX_Z | _GEN_16; // @[PositDivisionSqrt.scala 190:47]
  assign _T_273 = _T_197 ? _T_272 : 9'h0; // @[PositDivisionSqrt.scala 190:18]
  assign _T_274 = _T_270 | _T_273; // @[PositDivisionSqrt.scala 189:78]
  assign _T_276 = {_T_252, 1'h0}; // @[PositDivisionSqrt.scala 196:53]
  assign sigXBias = scaleNotChange ? _T_276 : {{1'd0}, _T_252}; // @[PositDivisionSqrt.scala 196:21]
  assign _GEN_17 = {{7'd0}, sigXBias}; // @[PositDivisionSqrt.scala 197:25]
  assign realSigX = sigX_Z + _GEN_17; // @[PositDivisionSqrt.scala 197:25]
  assign _T_279 = realSigX[5:4]; // @[PositDivisionSqrt.scala 200:97]
  assign _T_280 = realSigX[4:3]; // @[PositDivisionSqrt.scala 201:97]
  assign realFrac = scaleNotChange ? _T_279 : _T_280; // @[PositDivisionSqrt.scala 198:21]
  assign _T_281 = realSigX[8]; // @[PositDivisionSqrt.scala 205:33]
  assign _T_282 = realSigX[6]; // @[PositDivisionSqrt.scala 205:58]
  assign _T_283 = _T_281 ^ _T_282; // @[PositDivisionSqrt.scala 205:48]
  assign scaleNeedSub = ~ _T_283; // @[PositDivisionSqrt.scala 205:23]
  assign _T_285 = realSigX[5]; // @[PositDivisionSqrt.scala 206:56]
  assign notNeedSubTwo = _T_281 ^ _T_285; // @[PositDivisionSqrt.scala 206:46]
  assign scaleSubOne = scaleNeedSub & notNeedSubTwo; // @[PositDivisionSqrt.scala 207:36]
  assign _T_286 = ~ notNeedSubTwo; // @[PositDivisionSqrt.scala 208:38]
  assign scaleSubTwo = scaleNeedSub & _T_286; // @[PositDivisionSqrt.scala 208:36]
  assign _T_287 = {scaleSubTwo,scaleSubOne}; // @[Cat.scala 29:58]
  assign _T_288 = {1'b0,$signed(_T_287)}; // @[PositDivisionSqrt.scala 209:63]
  assign _GEN_18 = {{3{_T_288[2]}},_T_288}; // @[PositDivisionSqrt.scala 209:31]
  assign _T_290 = $signed(scale_Z) - $signed(_GEN_18); // @[PositDivisionSqrt.scala 209:31]
  assign realExp = $signed(_T_290); // @[PositDivisionSqrt.scala 209:31]
  assign underflow = $signed(realExp) < $signed(-6'sh9); // @[PositDivisionSqrt.scala 210:31]
  assign overflow = $signed(realExp) > $signed(6'sh8); // @[PositDivisionSqrt.scala 211:31]
  assign decQ_sign = realSigX[8:8]; // @[PositDivisionSqrt.scala 215:33]
  assign _T_292 = underflow ? $signed(-6'sh9) : $signed(realExp); // @[Mux.scala 87:16]
  assign _T_293 = overflow ? $signed(6'sh8) : $signed(_T_292); // @[Mux.scala 87:16]
  assign _T_294 = realSigX[3:1]; // @[PositDivisionSqrt.scala 224:48]
  assign _T_295 = realSigX[2:0]; // @[PositDivisionSqrt.scala 224:64]
  assign decQ_grs = scaleNotChange ? _T_294 : _T_295; // @[PositDivisionSqrt.scala 224:23]
  assign outValid = cycleNum == 4'h1; // @[PositDivisionSqrt.scala 229:28]
  assign _GEN_19 = _T_293[4:0]; // @[PositDivisionSqrt.scala 204:27 PositDivisionSqrt.scala 216:23]
  assign decQ_scale = $signed(_GEN_19); // @[PositDivisionSqrt.scala 204:27 PositDivisionSqrt.scala 216:23]
  assign _T_301 = decQ_scale[0]; // @[convert.scala 46:61]
  assign _T_302 = ~ _T_301; // @[convert.scala 46:52]
  assign _T_304 = decQ_sign ? _T_302 : _T_301; // @[convert.scala 46:42]
  assign _T_305 = decQ_scale[4:1]; // @[convert.scala 48:34]
  assign _T_306 = _T_305[3:3]; // @[convert.scala 49:36]
  assign _T_308 = ~ _T_305; // @[convert.scala 50:36]
  assign _T_309 = $signed(_T_308); // @[convert.scala 50:36]
  assign _T_310 = _T_306 ? $signed(_T_309) : $signed(_T_305); // @[convert.scala 50:28]
  assign _T_311 = _T_306 ^ decQ_sign; // @[convert.scala 51:31]
  assign _T_312 = ~ _T_311; // @[convert.scala 52:43]
  assign _T_316 = {_T_312,_T_311,_T_304,realFrac,decQ_grs}; // @[Cat.scala 29:58]
  assign _T_317 = $unsigned(_T_310); // @[Shift.scala 39:17]
  assign _T_318 = _T_317 < 4'h8; // @[Shift.scala 39:24]
  assign _T_319 = _T_310[2:0]; // @[Shift.scala 40:44]
  assign _T_320 = _T_316[7:4]; // @[Shift.scala 90:30]
  assign _T_321 = _T_316[3:0]; // @[Shift.scala 90:48]
  assign _T_322 = _T_321 != 4'h0; // @[Shift.scala 90:57]
  assign _GEN_20 = {{3'd0}, _T_322}; // @[Shift.scala 90:39]
  assign _T_323 = _T_320 | _GEN_20; // @[Shift.scala 90:39]
  assign _T_324 = _T_319[2]; // @[Shift.scala 12:21]
  assign _T_325 = _T_316[7]; // @[Shift.scala 12:21]
  assign _T_327 = _T_325 ? 4'hf : 4'h0; // @[Bitwise.scala 71:12]
  assign _T_328 = {_T_327,_T_323}; // @[Cat.scala 29:58]
  assign _T_329 = _T_324 ? _T_328 : _T_316; // @[Shift.scala 91:22]
  assign _T_330 = _T_319[1:0]; // @[Shift.scala 92:77]
  assign _T_331 = _T_329[7:2]; // @[Shift.scala 90:30]
  assign _T_332 = _T_329[1:0]; // @[Shift.scala 90:48]
  assign _T_333 = _T_332 != 2'h0; // @[Shift.scala 90:57]
  assign _GEN_21 = {{5'd0}, _T_333}; // @[Shift.scala 90:39]
  assign _T_334 = _T_331 | _GEN_21; // @[Shift.scala 90:39]
  assign _T_335 = _T_330[1]; // @[Shift.scala 12:21]
  assign _T_336 = _T_329[7]; // @[Shift.scala 12:21]
  assign _T_338 = _T_336 ? 2'h3 : 2'h0; // @[Bitwise.scala 71:12]
  assign _T_339 = {_T_338,_T_334}; // @[Cat.scala 29:58]
  assign _T_340 = _T_335 ? _T_339 : _T_329; // @[Shift.scala 91:22]
  assign _T_341 = _T_330[0:0]; // @[Shift.scala 92:77]
  assign _T_342 = _T_340[7:1]; // @[Shift.scala 90:30]
  assign _T_343 = _T_340[0:0]; // @[Shift.scala 90:48]
  assign _GEN_22 = {{6'd0}, _T_343}; // @[Shift.scala 90:39]
  assign _T_345 = _T_342 | _GEN_22; // @[Shift.scala 90:39]
  assign _T_347 = _T_340[7]; // @[Shift.scala 12:21]
  assign _T_348 = {_T_347,_T_345}; // @[Cat.scala 29:58]
  assign _T_349 = _T_341 ? _T_348 : _T_340; // @[Shift.scala 91:22]
  assign _T_352 = _T_325 ? 8'hff : 8'h0; // @[Bitwise.scala 71:12]
  assign _T_353 = _T_318 ? _T_349 : _T_352; // @[Shift.scala 39:10]
  assign _T_354 = _T_353[3]; // @[convert.scala 55:31]
  assign _T_355 = _T_353[2]; // @[convert.scala 56:31]
  assign _T_356 = _T_353[1]; // @[convert.scala 57:31]
  assign _T_357 = _T_353[0]; // @[convert.scala 58:31]
  assign _T_358 = _T_353[7:3]; // @[convert.scala 59:69]
  assign _T_359 = _T_358 != 5'h0; // @[convert.scala 59:81]
  assign _T_360 = ~ _T_359; // @[convert.scala 59:50]
  assign _T_362 = _T_358 == 5'h1f; // @[convert.scala 60:81]
  assign _T_363 = _T_354 | _T_356; // @[convert.scala 61:44]
  assign _T_364 = _T_363 | _T_357; // @[convert.scala 61:52]
  assign _T_365 = _T_355 & _T_364; // @[convert.scala 61:36]
  assign _T_366 = ~ _T_362; // @[convert.scala 62:63]
  assign _T_367 = _T_366 & _T_365; // @[convert.scala 62:103]
  assign _T_368 = _T_360 | _T_367; // @[convert.scala 62:60]
  assign _GEN_23 = {{4'd0}, _T_368}; // @[convert.scala 63:56]
  assign _T_371 = _T_358 + _GEN_23; // @[convert.scala 63:56]
  assign _T_372 = {decQ_sign,_T_371}; // @[Cat.scala 29:58]
  assign _T_374 = isZero_Z ? 6'h0 : _T_372; // @[Mux.scala 87:16]
  assign io_inReady = cycleNum <= 4'h1; // @[PositDivisionSqrt.scala 231:17]
  assign io_diviValid = outValid & _T_206; // @[PositDivisionSqrt.scala 232:17]
  assign io_sqrtValid = outValid & sqrtOp_Z; // @[PositDivisionSqrt.scala 233:17]
  assign io_invalidExc = isNaR_Z; // @[PositDivisionSqrt.scala 234:17]
  assign io_Q = isNaR_Z ? 6'h20 : _T_374; // @[PositDivisionSqrt.scala 235:17]
`ifdef RANDOMIZE_GARBAGE_ASSIGN
`define RANDOMIZE
`endif
`ifdef RANDOMIZE_INVALID_ASSIGN
`define RANDOMIZE
`endif
`ifdef RANDOMIZE_REG_INIT
`define RANDOMIZE
`endif
`ifdef RANDOMIZE_MEM_INIT
`define RANDOMIZE
`endif
`ifndef RANDOM
`define RANDOM $random
`endif
`ifdef RANDOMIZE_MEM_INIT
  integer initvar;
`endif
initial begin
  `ifdef RANDOMIZE
    `ifdef INIT_RANDOM
      `INIT_RANDOM
    `endif
    `ifndef VERILATOR
      `ifdef RANDOMIZE_DELAY
        #`RANDOMIZE_DELAY begin end
      `else
        #0.002 begin end
      `endif
    `endif
  `ifdef RANDOMIZE_REG_INIT
  _RAND_0 = {1{`RANDOM}};
  cycleNum = _RAND_0[3:0];
  `endif // RANDOMIZE_REG_INIT
  `ifdef RANDOMIZE_REG_INIT
  _RAND_1 = {1{`RANDOM}};
  sqrtOp_Z = _RAND_1[0:0];
  `endif // RANDOMIZE_REG_INIT
  `ifdef RANDOMIZE_REG_INIT
  _RAND_2 = {1{`RANDOM}};
  isNaR_Z = _RAND_2[0:0];
  `endif // RANDOMIZE_REG_INIT
  `ifdef RANDOMIZE_REG_INIT
  _RAND_3 = {1{`RANDOM}};
  isZero_Z = _RAND_3[0:0];
  `endif // RANDOMIZE_REG_INIT
  `ifdef RANDOMIZE_REG_INIT
  _RAND_4 = {1{`RANDOM}};
  scale_Z = _RAND_4[5:0];
  `endif // RANDOMIZE_REG_INIT
  `ifdef RANDOMIZE_REG_INIT
  _RAND_5 = {1{`RANDOM}};
  signB_Z = _RAND_5[0:0];
  `endif // RANDOMIZE_REG_INIT
  `ifdef RANDOMIZE_REG_INIT
  _RAND_6 = {1{`RANDOM}};
  fractB_Z = _RAND_6[1:0];
  `endif // RANDOMIZE_REG_INIT
  `ifdef RANDOMIZE_REG_INIT
  _RAND_7 = {1{`RANDOM}};
  rem_Z = _RAND_7[8:0];
  `endif // RANDOMIZE_REG_INIT
  `ifdef RANDOMIZE_REG_INIT
  _RAND_8 = {1{`RANDOM}};
  sigX_Z = _RAND_8[8:0];
  `endif // RANDOMIZE_REG_INIT
  `endif // RANDOMIZE
end
  always @(posedge clock) begin
    if (reset) begin
      cycleNum <= 4'h0;
    end else begin
      if (_T_165) begin
        cycleNum <= _T_182;
      end
    end
    if (entering) begin
      sqrtOp_Z <= io_sqrtOp;
    end
    if (entering) begin
      if (io_sqrtOp) begin
        isNaR_Z <= _T_149;
      end else begin
        isNaR_Z <= _T_151;
      end
    end
    if (entering) begin
      if (io_sqrtOp) begin
        isZero_Z <= decA_isZero;
      end else begin
        isZero_Z <= _T_155;
      end
    end
    if (entering_normalCase) begin
      if (io_sqrtOp) begin
        scale_Z <= {{2{_T_183[3]}},_T_183};
      end else begin
        scale_Z <= sExpQuot_S_div;
      end
    end
    if (_T_186) begin
      signB_Z <= _T_71;
    end
    if (_T_186) begin
      fractB_Z <= decB_fraction;
    end
    if (_T_259) begin
      if (ready) begin
        if (_T_226) begin
          rem_Z <= _T_229;
        end else begin
          rem_Z <= _T_231;
        end
      end else begin
        if (_T_226) begin
          rem_Z <= _T_240;
        end else begin
          rem_Z <= _T_244;
        end
      end
    end
    if (_T_263) begin
      sigX_Z <= _T_274;
    end
  end
endmodule